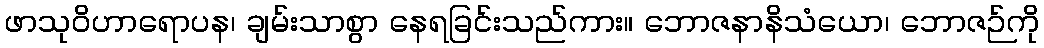
ဖာသုဝိဟာရောပန၊ ချမ်းသာစွာ နေရခြင်းသည်ကား။ ဘောဇနာနိသံယော၊ ဘောဇဉ်ကို